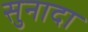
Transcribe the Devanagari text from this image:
सुनादा